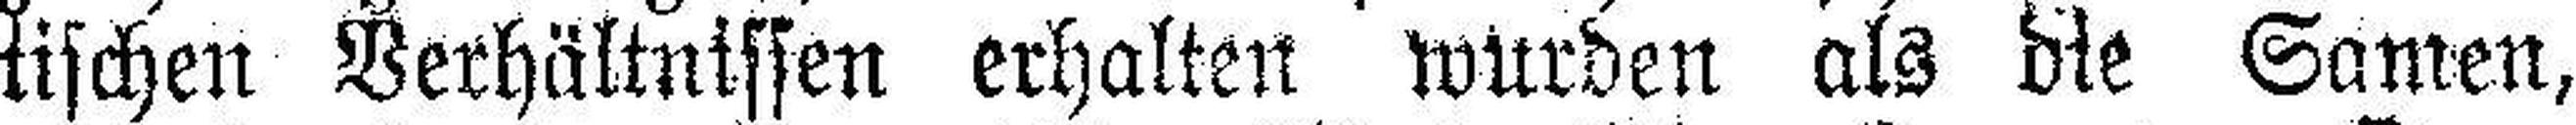
tischen Verhältnissen erhalten wurden als die Samen,